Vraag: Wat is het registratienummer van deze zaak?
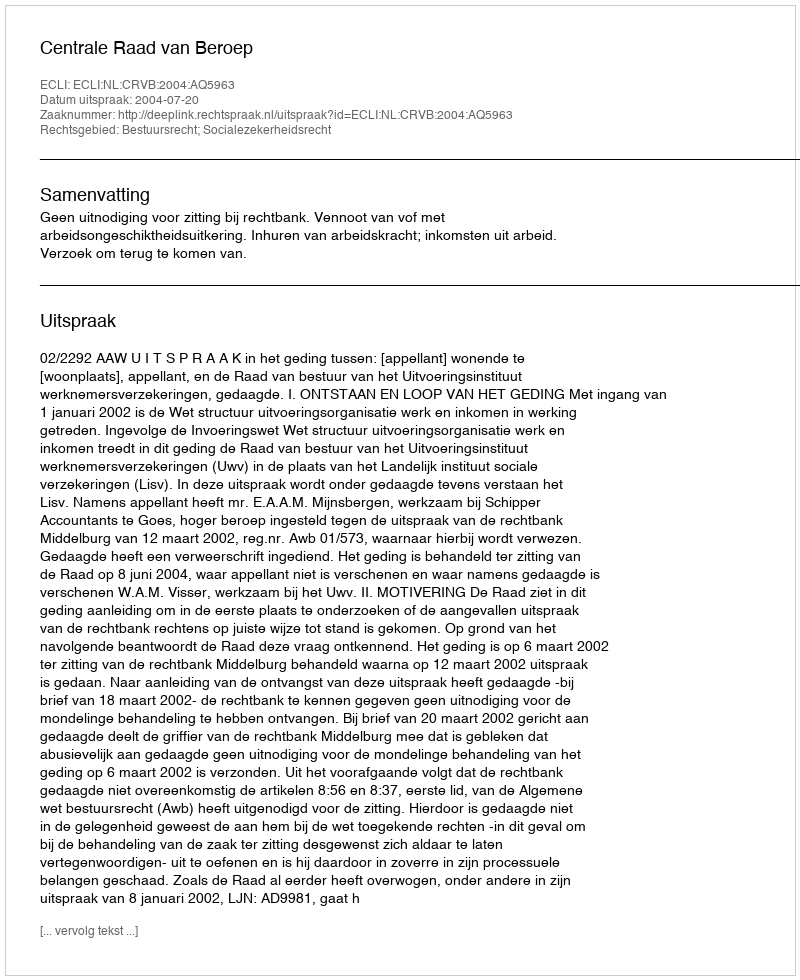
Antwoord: http://deeplink.rechtspraak.nl/uitspraak?id=ECLI:NL:CRVB:2004:AQ5963